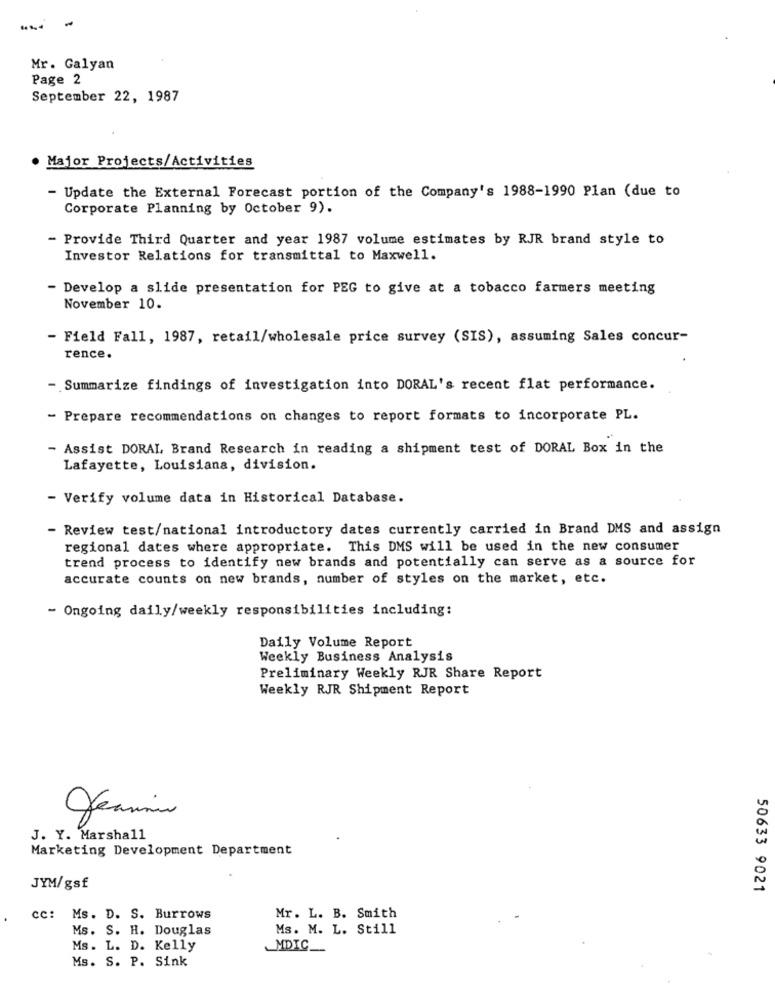
Mr. Galyan
Page 2
September 22, 1987
. Major Projects/Activities
- Update the External Forecast portion of the Company's 1988-1990 Plan (due to
Corporate Planning by October 9).
- Provide Third Quarter and year 1987 volume estimates by RJR brand style to
Investor Relations for transmittal to Maxwell.
- Develop a slide presentation for PEG to give at a tobacco farmers meeting
November 10.
- Field Fall, 1987, retail/wholesale price survey (SIS), assuming Sales concur-
rence.
- Summarize findings of investigation into DORAL's recent flat performance.
- Prepare recommendations on changes to report formats to incorporate PL.
Assist DORAL Brand Research in reading a shipment test of DORAL Box in the
Lafayette, Louisiana, division.
- Verify volume data in Historical Database.
- Review test/national introductory dates currently carried in Brand DMS and assign
regional dates where appropriate. This DMS will be used in the new consumer
trend process to identify new brands and potentially can serve as a source for
accurate counts on new brands, number of styles on the market, etc.
- Ongoing daily/weekly responsibilities including:
Daily Volume Report
Weekly Business Analysis
Preliminary Weekly RJR Share Report
Weekly RJR Shipment Report
J. Y. Marshall
Marketing Development Department
JYM/gsf
50633 9021
Cc: Ms. D. S. Burrows
Mr. L. B. Smith
Ms. S. H. Douglas
Ms. M. L. Still
Ms. L. D. Kelly
MDIC_
Ms. S. P. Sink